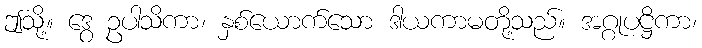
ဤသို့။ ဒွေ ဥပါသိကာ၊ နှစ်ယောက်သော ဒါယကာမတို့သည်။ အဂ္ဂုပဋ္ဌိကာ၊